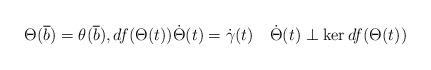
LaTeX: \begin{align*} \Theta(\overline b)= \theta(\overline{b}), df(\Theta(t))\dot\Theta(t)=\dot\gamma(t) \quad\dot\Theta(t)\perp\ker df(\Theta(t))\quad\end{align*}